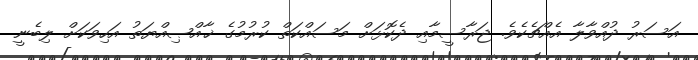
އަސަރު ދުއްވާލާ އެއްޗެކެވެ. ޖަރާސީމާއި ދެކޮޅަށް މަސައްކަތް ކުރުމުގެ ޚާއްޞިއްޔަތު އަހިވަކަށް ލިބެނީ